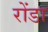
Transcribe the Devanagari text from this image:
रोंडा